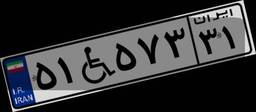
۵۱W۵۷۳۳۱